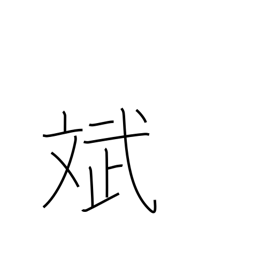
Meaning: harmony of appearance